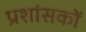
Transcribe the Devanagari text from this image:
प्रशांसकों